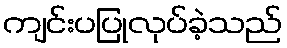
ကျင်းပပြုလုပ်ခဲ့သည်